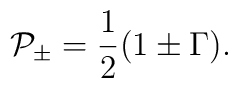
{\cal P}_{\pm} = \frac{1}{2} (1 \pm \Gamma) .